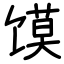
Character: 馍